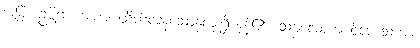
အမြဲ။ ဥဗ္ဗိဂ္ဂဟဒယာ၊ ထိတ်လန့်သောနှလုံးရှိကုန်၏။ သဗ္ဗလောက ဝိဟေသကာ၊